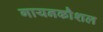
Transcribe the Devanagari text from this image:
गायनकौशल